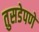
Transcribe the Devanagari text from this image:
तुसडेपणे